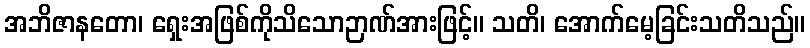
အဘိဇာနတော၊ ရှေးအဖြစ်ကိုသိသောဉာဏ်အားဖြင့်။ သတိ၊ အောက်မေ့ခြင်းသတိသည်။